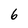
Character: 6